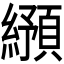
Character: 𬘂